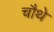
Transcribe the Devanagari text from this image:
चाैथे